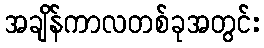
အချိန်ကာလတစ်ခုအတွင်း